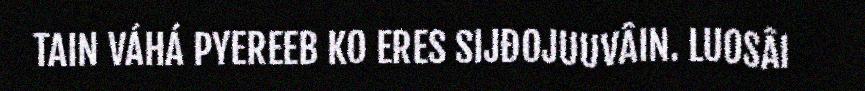
TAIN VÁHÁ PYEREEB KO ERES SIJĐOJUUVÂIN. LUOSÂI